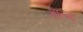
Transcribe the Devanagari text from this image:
गाल्न्द